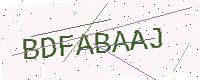
Text: BDFABAAJ